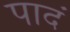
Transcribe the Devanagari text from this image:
पादं